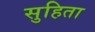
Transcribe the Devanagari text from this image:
सुहिता